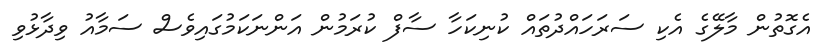
އެގޮތުން މާލޭގެ އެކި ސަރަހައްދުތައް ކުނިކަހާ ސާފް ކުރަމުން އަންނަކަމުގައިވެސް ސަމާއު ވިދާޅުވި